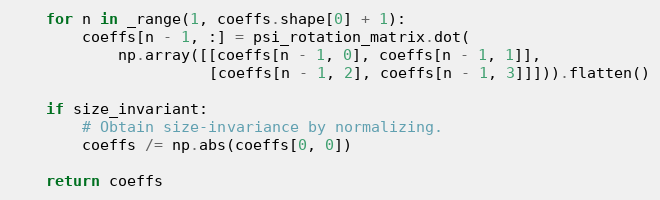
Language: Python
    for n in _range(1, coeffs.shape[0] + 1):
        coeffs[n - 1, :] = psi_rotation_matrix.dot(
            np.array([[coeffs[n - 1, 0], coeffs[n - 1, 1]],
                      [coeffs[n - 1, 2], coeffs[n - 1, 3]]])).flatten()

    if size_invariant:
        # Obtain size-invariance by normalizing.
        coeffs /= np.abs(coeffs[0, 0])

    return coeffs